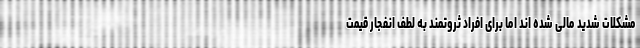
مشکلات شدید مالی شده اند اما برای افراد ثروتمند به لطف انفجار قیمت